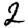
Digit: 2